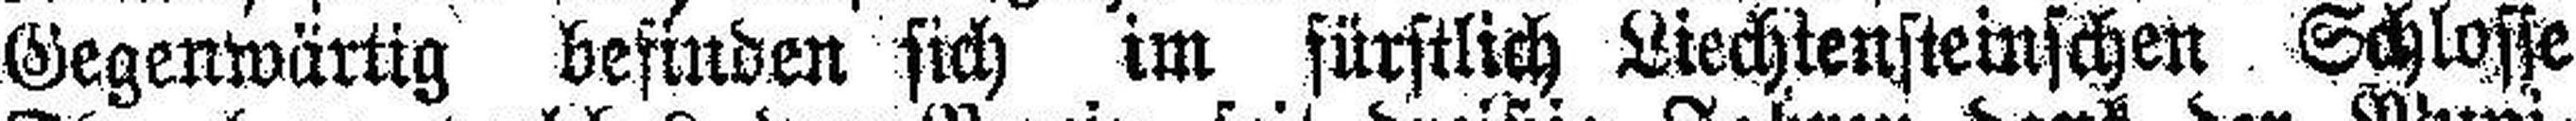
Gegenwärtig befinden sich im fürstlich Liechtensteinschen Schlosse